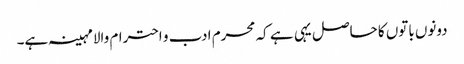
دونوں باتوں کا حاصل یہی ہے کہ محرم ادب و احترام والامہینہ ہے۔